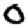
Digit: 0